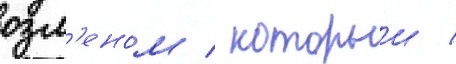
озм'еном / которыи /